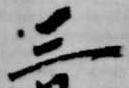
三